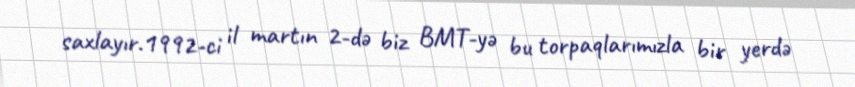
saxlayır.1992-ci il martın 2-də biz BMT-yə bu torpaqlarımızla bir yerdə